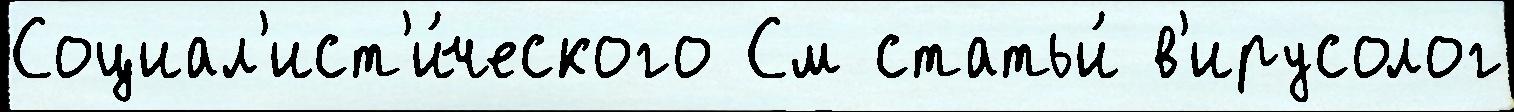
Социал'ист'и́ческого См статьи́ в'ирусолог